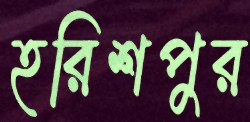
হরিশপুর